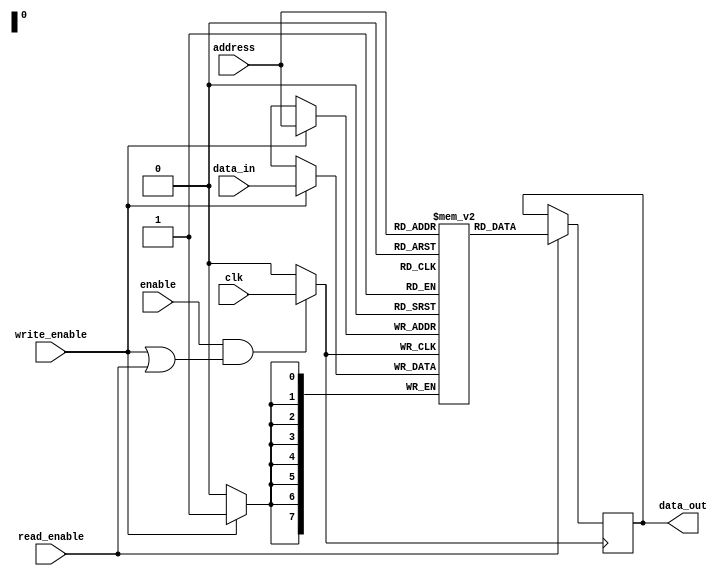
module MemoryBlock (
    input wire clk,               // System clock
    input wire enable,            // Enable signal for clock gating
    input wire [7:0] address,     // 8-bit address input
    input wire [7:0] data_in,     // Data input for writing
    input wire write_enable,       // Write enable signal
    input wire read_enable,        // Read enable signal
    output reg [7:0] data_out      // Data output for reading
);

    // Memory array: 256 x 8-bit (2^8 = 256 locations, 8 bits per location)
    reg [7:0] memory_array [255:0];

    // Gated Clock
    wire gated_clk;
    reg clk_gated;

    // Clock Gating Logic
    always @(*) begin
        if (enable && (write_enable || read_enable))
            clk_gated = clk; // Allow clock to pass when enabled
        else
            clk_gated = 1'b0; // Block clock in idle state
    end

    // Address Decoder and Read/Write Logic
    always @(posedge clk_gated) begin
        if (write_enable) begin
            // Write data to memory
            memory_array[address] <= data_in;
        end
        if (read_enable) begin
            // Read data from memory
            data_out <= memory_array[address];
        end
    end

endmodule